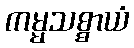
ကမ္မသစ္စာယံ